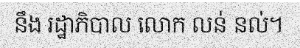
នឹង រដ្ឋាភិបាល លោក លន់ នល់។